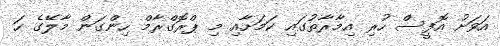
އަވަށު އޮފީސް ހުރި އިމާރާތުގައި ކަމަށާއި މި ޕްރޮގްރާމް ހިންގަން މާލޭގެ ހަ